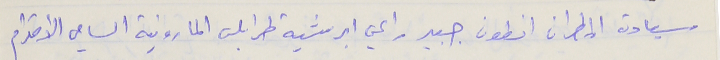
سيادة المطران انطون جبير راعي ابرشية طرابلس المارونية السامي الاحترام